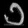
Digit: ၁